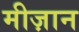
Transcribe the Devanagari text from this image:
मीज़ान